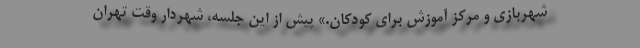
شهربازي و مركز آموزش براي كودكان.» پيش از اين جلسه، شهردار وقت تهران